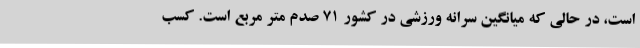
است، در حالی که میانگین سرانه ورزشی در کشور 71 صدم متر مربع است. کسب